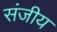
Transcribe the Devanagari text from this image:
संजीय